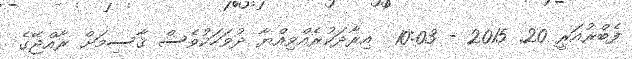
ފެބްރުއަރީ 20